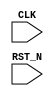
//
// Generated by Bluespec Compiler (build 00185f79)
//
// On Sat Apr 10 18:39:47 IST 2021
//
//
// Ports:
// Name                         I/O  size props
// CLK                            I     1 clock
// RST_N                          I     1 reset
//
// No combinational paths from inputs to outputs
//
//

`ifdef BSV_ASSIGNMENT_DELAY
`else
  `define BSV_ASSIGNMENT_DELAY
`endif

`ifdef BSV_POSITIVE_RESET
  `define BSV_RESET_VALUE 1'b1
  `define BSV_RESET_EDGE posedge
`else
  `define BSV_RESET_VALUE 1'b0
  `define BSV_RESET_EDGE negedge
`endif

module mkTb(CLK,
	    RST_N);
  input  CLK;
  input  RST_N;

  // register cycle
  reg [31 : 0] cycle;
  wire [31 : 0] cycle$D_IN;
  wire cycle$EN;

  // remaining internal signals
  wire [31 : 0] IF_cycle_BIT_0_THEN_97_ELSE_96___d9;

  // register cycle
  assign cycle$D_IN = cycle + 32'd1 ;
  assign cycle$EN = 1'd1 ;

  // remaining internal signals
  assign IF_cycle_BIT_0_THEN_97_ELSE_96___d9 = cycle[0] ? 32'd97 : 32'd96 ;

  // handling of inlined registers

  always@(posedge CLK)
  begin
    if (RST_N == `BSV_RESET_VALUE)
      begin
        cycle <= `BSV_ASSIGNMENT_DELAY 32'd0;
      end
    else
      begin
        if (cycle$EN) cycle <= `BSV_ASSIGNMENT_DELAY cycle$D_IN;
      end
  end

  // synopsys translate_off
  `ifdef BSV_NO_INITIAL_BLOCKS
  `else // not BSV_NO_INITIAL_BLOCKS
  initial
  begin
    cycle = 32'hAAAAAAAA;
  end
  `endif // BSV_NO_INITIAL_BLOCKS
  // synopsys translate_on

  // handling of system tasks

  // synopsys translate_off
  always@(negedge CLK)
  begin
    #0;
    if (RST_N != `BSV_RESET_VALUE)
      $display("%0d: rule r, a = %0d",
	       $signed(cycle),
	       $signed(((cycle[1:0] == 2'd3) ?
			  IF_cycle_BIT_0_THEN_97_ELSE_96___d9 + 32'd3 :
			  IF_cycle_BIT_0_THEN_97_ELSE_96___d9) +
		       32'd86));
    if (RST_N != `BSV_RESET_VALUE)
      if ((cycle ^ 32'h80000000) > 32'h80000007) $finish(32'd0);
  end
  // synopsys translate_on
endmodule  // mkTb